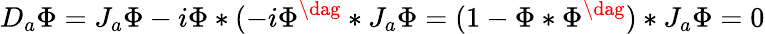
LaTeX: D_{a}\Phi=J_{a}\Phi-i\Phi*(-i\Phi^{\dag}*J_{a}\Phi=(1-\Phi*\Phi^{\dag})*J_{a}\Phi=0